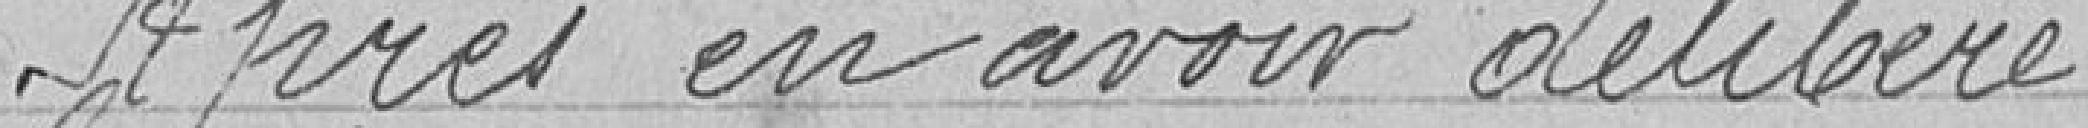
Après en avoir délibéré.